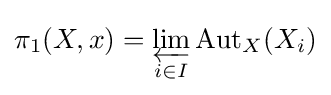
\pi _{1}(X,x)=\varprojlim _{i\in I}{\operatorname {Aut} }_{X}(X_{i})